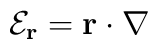
{\mathcal E}_{\bf r}={\bf r} \cdot {\bf \nabla} \;